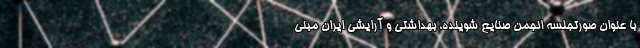
با عنوان صورتجلسه انجمن صنایع شوینده، بهداشتی و آرایشی ایران مبنی